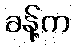
ခန့်က